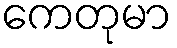
ကေတုမာ